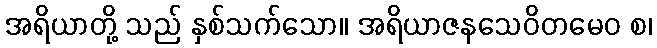
အရိယာတို့ သည် နှစ်သက်သော။ အရိယာဇနသေဝိတမေဝ စ၊